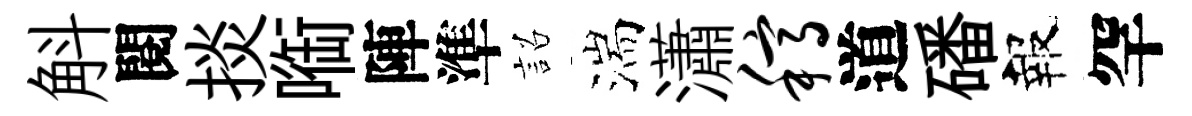
斛閱掞㗸陣準詔湍瀟稿道磻報罕